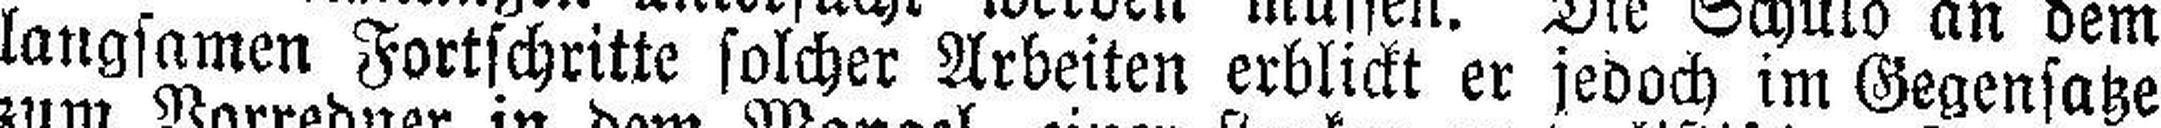
langsamen Fortschritte solcher Arbeiten erblickt er jedoch im Gegensatze